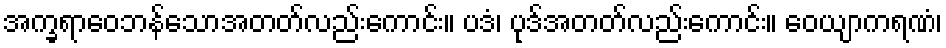
အက္ခရာဝေဘန်သောအတတ်လည်းကောင်း။ ပဒံ၊ ပုဒ်အတတ်လည်းကောင်း။ ဝေယျာကရဏံ၊